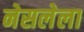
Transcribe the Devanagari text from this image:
नेसलेला